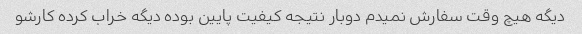
دیگه هیچ وقت سفارش نمیدم دوبار نتیجه کیفیت پایین بوده دیگه خراب کرده کارشو